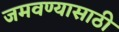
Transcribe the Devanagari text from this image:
जमवण्यासाठी